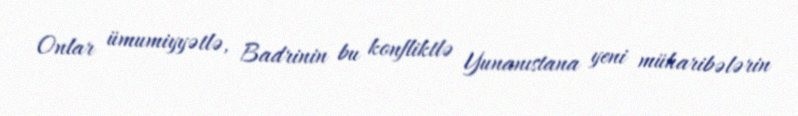
Onlar ümumiyyətlə, Badrinin bu konfliktlə Yunanıstana yeni müharibələrin